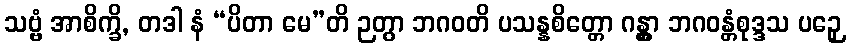
သဗ္ဗံ အာစိက္ခိ, တဒါ နံ “ပိတာ မေ”တိ ဉတွာ ဘဂဝတိ ပသန္နစိတ္တော ဂန္တွာ ဘဂဝန္တံစုဒ္ဒသ ပဉှေ